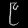
Digit: ၉